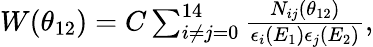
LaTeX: \begin{array}{r}{W(\theta_{12})=C\sum_{i\neq j=0}^{14}\frac{N_{ij}(\theta_{12})}{\epsilon_{i}(E_{1})\epsilon_{j}(E_{2})},}\end{array}